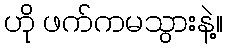
ဟို ဖက်ကမသွားနဲ့။